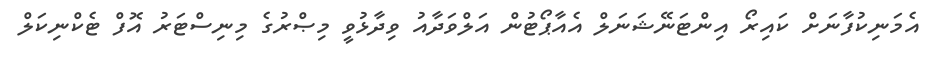
އެމަނިކުފާނަށް ކައިރޯ އިންޓަނޭޝަނަލް އެއާޕޯޓުން އަލްވަދާއު ވިދާޅުވީ މިޞްރުގެ މިނިސްޓަރު އޮފް ޓެކްނިކަލް